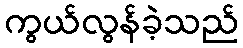
ကွယ်လွန်ခဲ့သည်